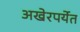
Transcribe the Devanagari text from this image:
अखेरपर्येत